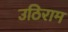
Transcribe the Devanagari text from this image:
उठिराम